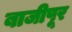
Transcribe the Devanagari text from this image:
बाजीपूर